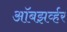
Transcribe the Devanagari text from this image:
ऑबझर्व्हर